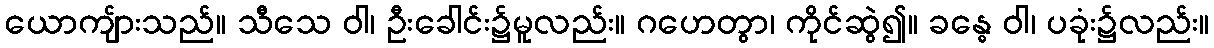
ယောကျ်ားသည်။ သီသေ ဝါ၊ ဦးခေါင်း၌မူလည်း။ ဂဟေတွာ၊ ကိုင်ဆွဲ၍။ ခန္ဓေ ဝါ၊ ပခုံး၌လည်း။